Civil Veterinary Department Bihar & Orissa reports 1929-36 - 1929-1936
Year: 1929
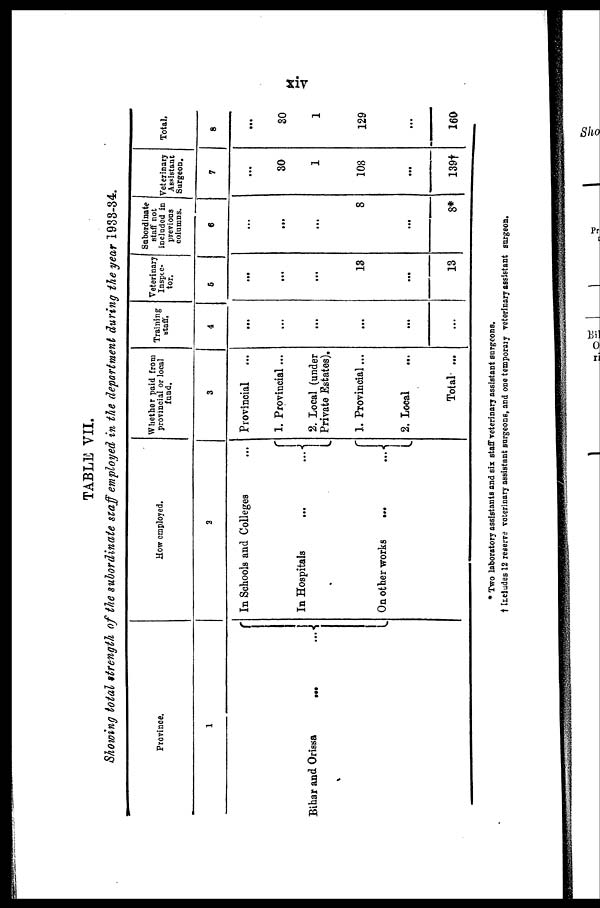
xiv
TABLL VII.
Showing total strength of the subordinate staff employed in the department during the year 1933-34.
Province.
1
Bihar and Orissa
... ...
How employed.
2
In Schools and Colleges ...
In Hospitals
...
...
On other works
...
...
Whether paid from
provincial or local
fund.
3
Provincial
1. Provincial ...
2. Local (under
Private Estates).
1. Provincial ...
2. Local
...
Total ...
Training
staff.
4
...
...
...
...
...
...
Veterinary
Inspec-
tor.
6
...
...
...
13
...
13
Subordinate
staff not
included in
previous
columns.
6
...
...
...
8
...
8*
Veterinary
Assistant
Surgeon.
7
...
30
1
108
...
139†
Total.
8
...
30
1
129
...
160
* Two laboratory assistants and six staff veterinary assistant surgeons.
† Includes 12 reserve veterinary assistant surgeons, and one temporary veterinary assistant surgeon.